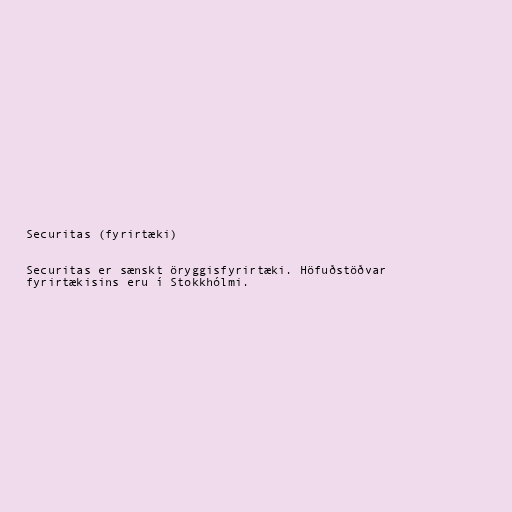
Securitas (fyrirtæki)

Securitas er sænskt öryggisfyrirtæki. Höfuðstöðvar
fyrirtækisins eru í Stokkhólmi.